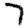
Digit: 7